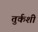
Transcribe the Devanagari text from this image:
तुर्कशी